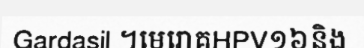
Gardasil ។មេរោគHPV១៦និង